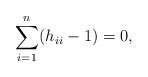
LaTeX: \begin{align*}\sum_{i=1}^n (h_{ii}-1) = 0,\end{align*}